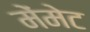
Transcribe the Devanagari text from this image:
मेंमेट